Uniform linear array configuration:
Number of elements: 12
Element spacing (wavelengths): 0.25
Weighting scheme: uniform
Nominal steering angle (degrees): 15
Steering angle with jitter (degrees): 15.266
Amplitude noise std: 0.05
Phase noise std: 0.05

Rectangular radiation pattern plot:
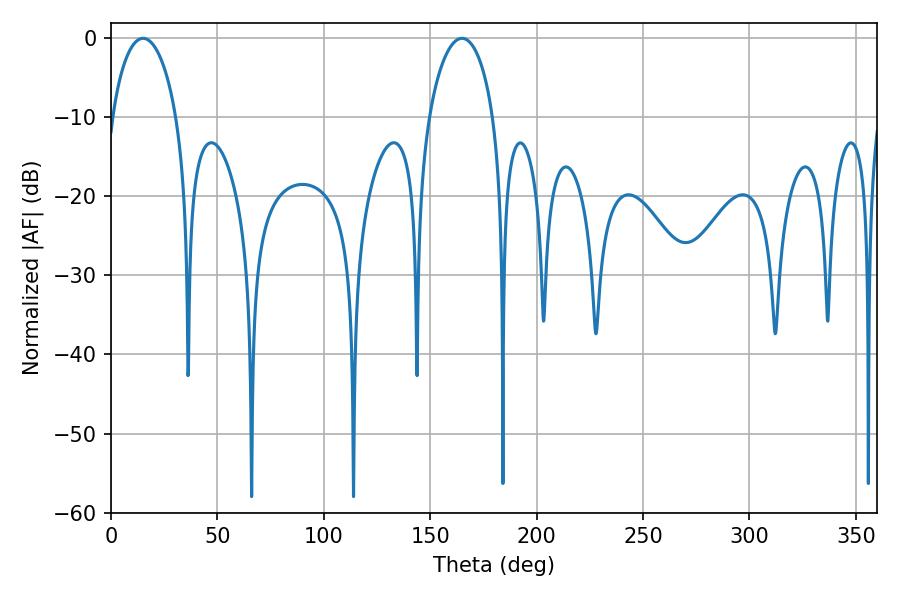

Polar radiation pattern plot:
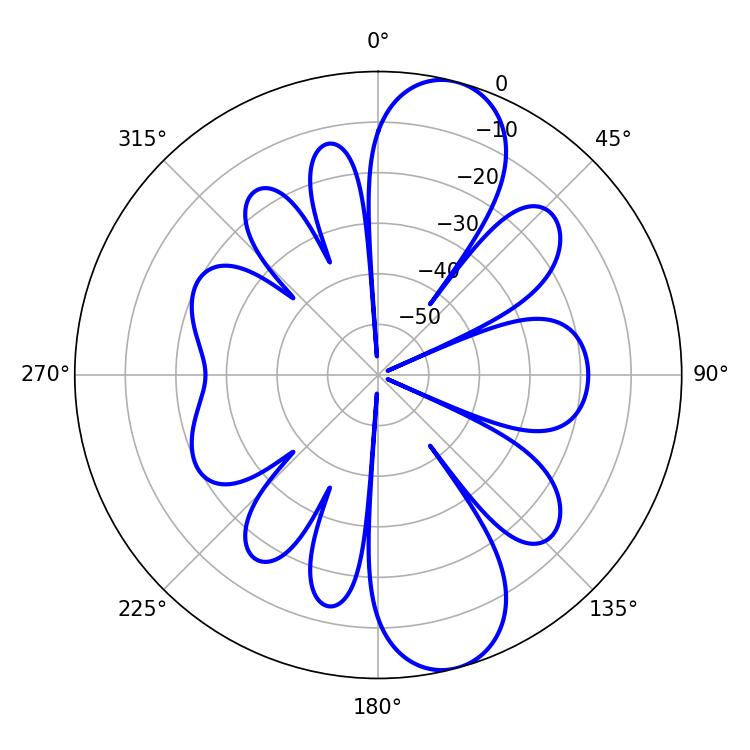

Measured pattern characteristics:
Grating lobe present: FALSE
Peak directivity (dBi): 10.648
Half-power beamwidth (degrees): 17.46
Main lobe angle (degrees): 164.88